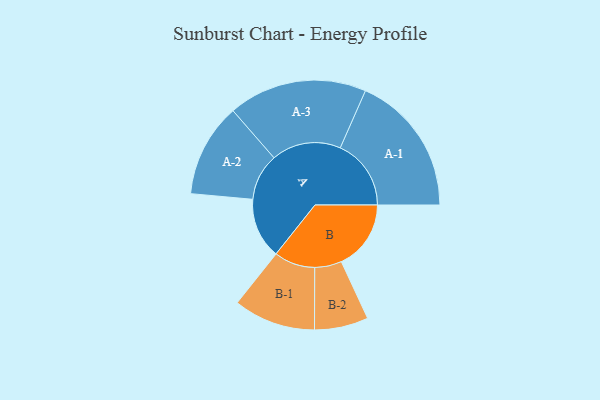
{"axis": {"x": "Segment", "y": "Value"}, "legend": ["", "A", "B"], "data": [{"x": "A", "y": 250, "type": ""}, {"x": "B", "y": 287, "type": ""}, {"x": "A-1", "y": 292, "type": "A"}, {"x": "A-2", "y": 193, "type": "A"}, {"x": "A-3", "y": 286, "type": "A"}, {"x": "B-1", "y": 169, "type": "B"}, {"x": "B-2", "y": 111, "type": "B"}]}